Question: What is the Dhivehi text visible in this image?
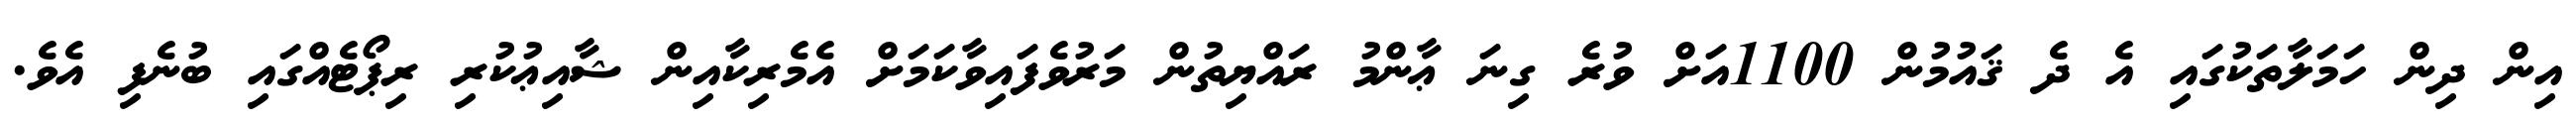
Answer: އިން ދިން ހަމަލާތަކުގައި އެ ދެ ޤައުމުން 1100އަށް ވުރެ ގިނަ ޢާންމު ރައްޔިތުން މަރުވެފައިވާކަމަށް އެމެރިކާއިން ޝާއިޢުކުރި ރިޕޯޓެއްގައި ބުނެފި އެވެ.